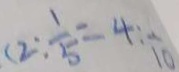
( 2 : \frac { 1 } { 5 } = 4 : \frac { 1 } { 1 0 }